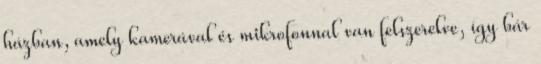
házban, amely kamerával és mikrofonnal van felszerelve, így bár